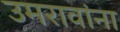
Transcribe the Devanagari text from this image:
उमरावांना